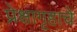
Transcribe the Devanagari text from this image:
प्रेक्षागृहाचे